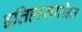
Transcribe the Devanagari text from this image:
इतिहासाश्रित